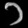
Digit: ၁